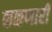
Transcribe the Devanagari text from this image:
कळणारी